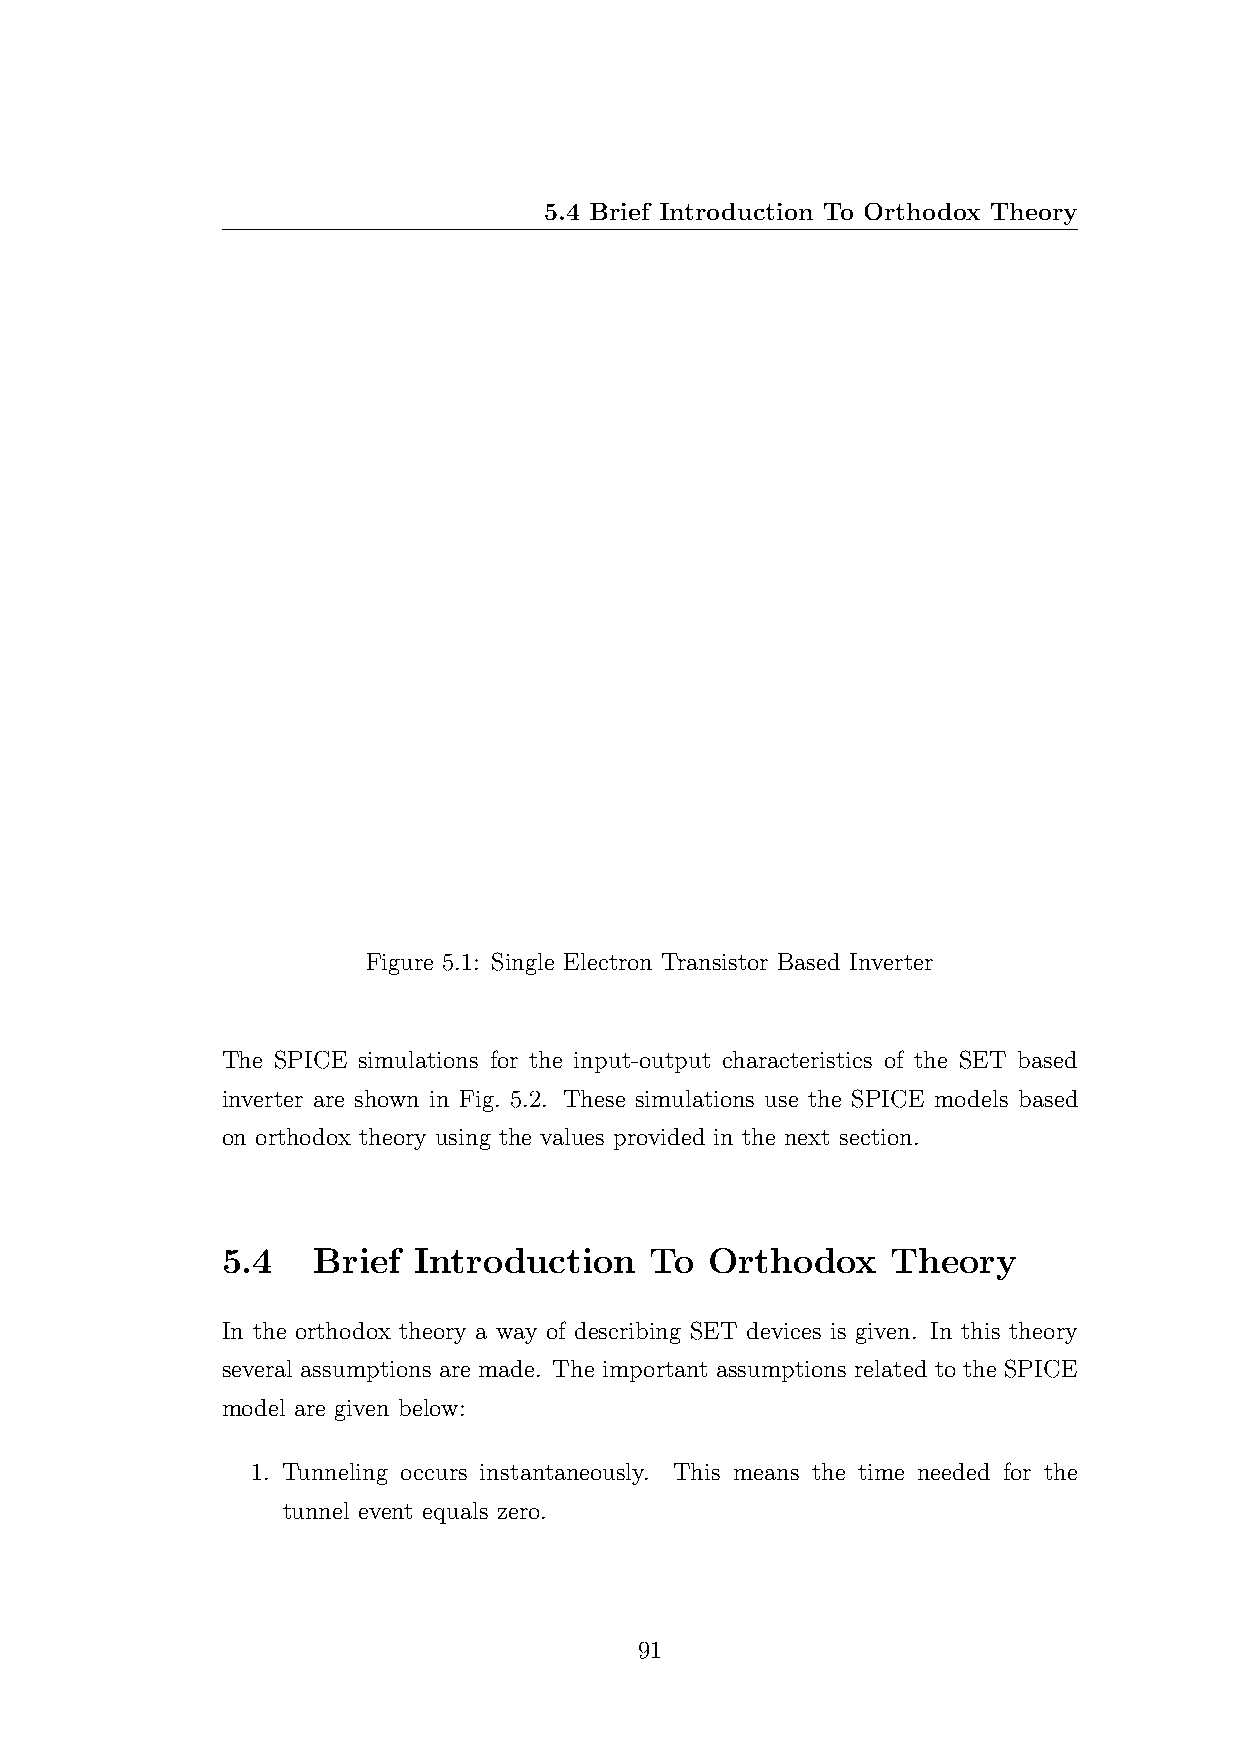
5.4 Brief Introduction To Orthodox Theory
 Figure 5.1: Single Electron Transistor Based Inverter
 The SPICE simulations for the input-output characteristics of the SET based
 inverter are shown in Fig. 5.2. These simulations use the SPICE models based
 on orthodox theory using the values provided in the next section.
 5.4   Brief Introduction    To  Orthodox    Theory
 In the orthodox theory a way of describing SET devices is given. In this theory
 several assumptions are made. The important assumptions related to the SPICE
 model are given below:
 1. Tunneling occurs instantaneously. This means the time needed for the
 tunnel event equals zero.
 91